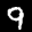
Label: 9